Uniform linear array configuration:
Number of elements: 12
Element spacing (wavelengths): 0.75
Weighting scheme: hamming
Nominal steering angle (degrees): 60
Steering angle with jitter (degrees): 60.258
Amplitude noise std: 0.05
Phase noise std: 0.05

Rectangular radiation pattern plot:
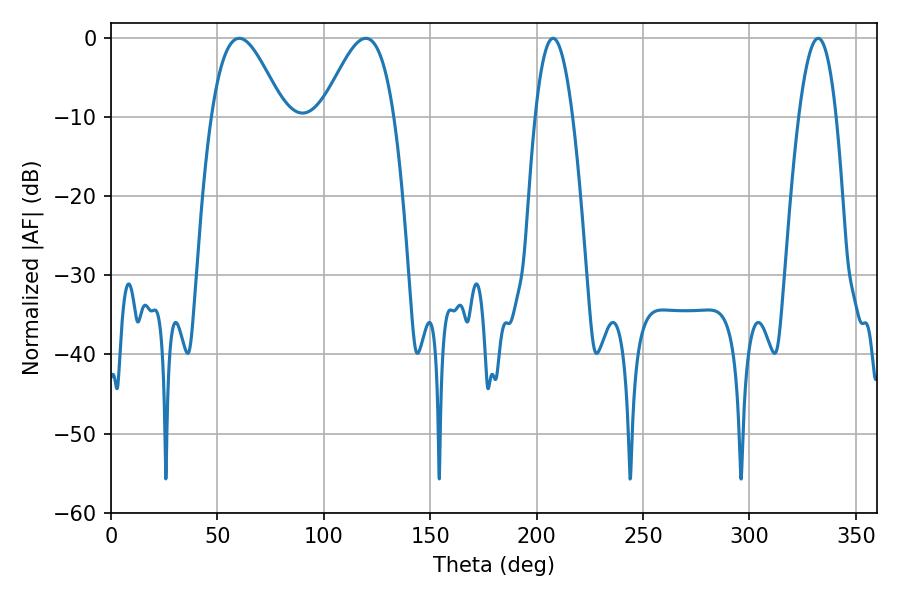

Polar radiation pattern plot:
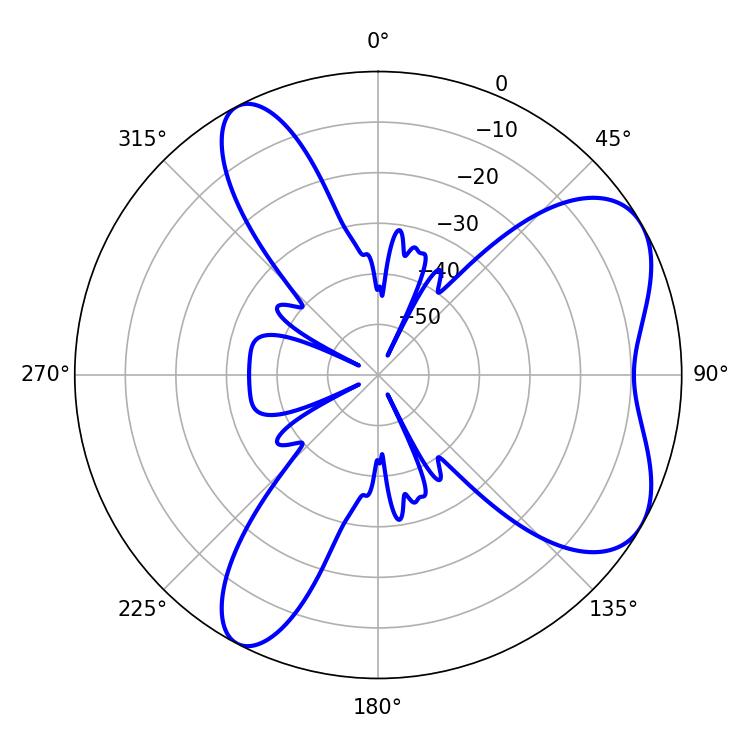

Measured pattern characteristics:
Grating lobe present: TRUE
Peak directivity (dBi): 6.291
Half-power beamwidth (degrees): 9.54
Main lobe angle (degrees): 207.72